Black-water fever - Number 35
Disease focus: Fever
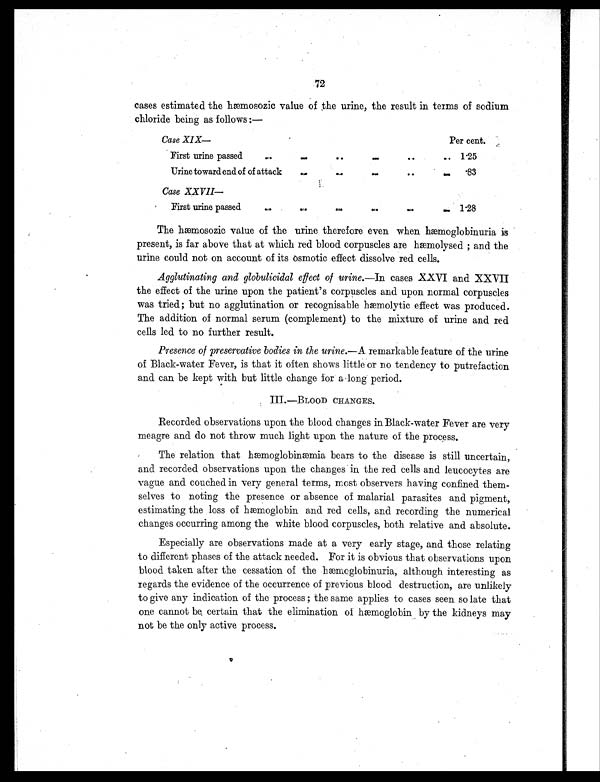
72
cases estimated the hæmosozic value of the urine, the result in terms of sodium
chloride being as follows :—
Case XIX—
Per cent.
First urine passed
. .
. .
. .
. .
. .
. . 1.25
Urine toward end of of attack
. .
. .
. .
. .
. .
.83
Case XXVII
—
First urine passed
. .
. .
. .
. .
. .
. .
1.28
The hæmosozic value of the urine therefore even when hæmoglobinuria is
present, is far above that at which red blood corpuscles are hæmolysed ; and the
urine could not on account of its osmotic effect dissolve red cells.
Agglutinating and globulicidal effect of urine. — I n c a s e s X X V I a n d X X V I I
the effect of the urine upon the patient's corpuscles and upon normal corpuscles
was tried; but no agglutination or recognisable hæmolytic effect was produced.
The addition of normal serum (complement) to the mixture of urine and red
cells led to no further result.
Presence of preservative bodies in the urine.— A r e m a r k a b l e f e a t u r e o f t h e u r i n e
of Black-water Fever, is that it often shows little or no tendency to putrefaction
and can be kept with but little change for a long period.
III.—BLOOD CHANGES.
Recorded observations upon the blood changes in Black-water Fever are very
meagre and do not throw much light upon the nature of the process.
The relation that hæmoglobinæmia bears to the disease is still uncertain,
and recorded observations upon the changes in the red cells and leucocytes are
vague and couched in very general terms, most observers having confined them-
selves to noting the presence or absence of malarial parasites and pigment,
estimating the loss of hæmoglobin and red cells, and recording the numerical
changes occurring among the white blood corpuscles, both relative and absolute.
Especially are observations made at a very early stage, and those relating
to different phases of the attack needed. For it is obvious that observations upon
blood taken after the cessation of the hæmoglobinuria, although interesting as
regards the evidence of the occurrence of previous blood destruction, are unlikely
to give any indication of the process ; the same applies to cases seen so late that
one cannot be certain that the elimination of hæmoglobin by the kidneys may
not be the only active process.